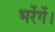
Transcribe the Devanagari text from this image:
भरेंगें।